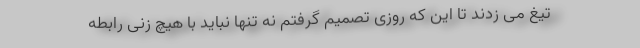
تیغ می زدند تا این که روزی تصمیم گرفتم نه تنها نباید با هیچ زنی رابطه